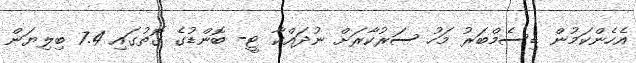
އެހެންކަމުން ޑިސެމްބަރު މަހު ސަރުކާރަށް ނުދައްކާ ޓީ- ބޮންޑުގެ ގޮތުގައި 7.4 ބިލިޔަން